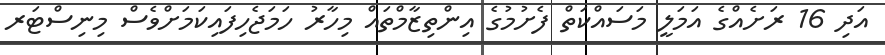
އަދި 16 ރަަށެއްގެ އަމަލީ މަސައްކަތް ފެށުމުގެ އިންތިޒާމްތައް މިހާރު ހަމަޖެހިފައިކަމަށްވެސް މިނިސްޓަރ